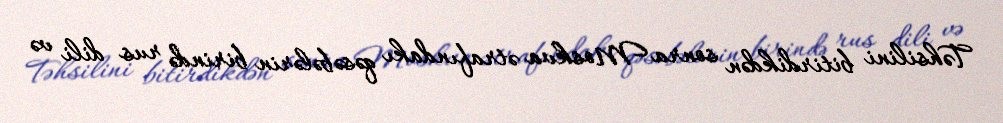
Təhsilini bitirdikdən sonra Moskva ətrafındakı qəsəbələrin birində rus dili və